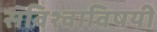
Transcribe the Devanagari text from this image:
सविश्वाविषयी